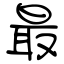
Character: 最